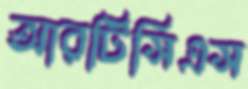
আরটিসিএস